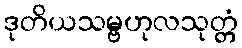
ဒုတိယသမ္ဗဟုလသုတ္တံ